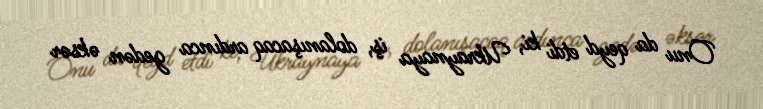
Onu da qeyd etdi ki, Ukraynaya iş, dolanışacaq ardınca gedən əksər